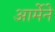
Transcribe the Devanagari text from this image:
आर्मेने